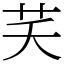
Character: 芺